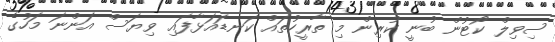
ސިވިލް ކޯޓުން ބުނީ ކުރިން މި ތާރީހުތައް ކަނޑައަޅާފައި ވިޔަސް އަންނަ މަހުގެ